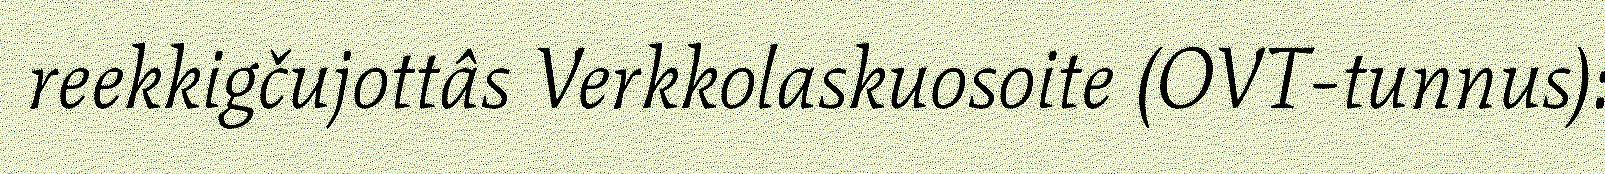
reekkigčujottâs Verkkolaskuosoite (OVT-tunnus):